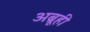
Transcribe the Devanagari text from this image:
अब्रूही